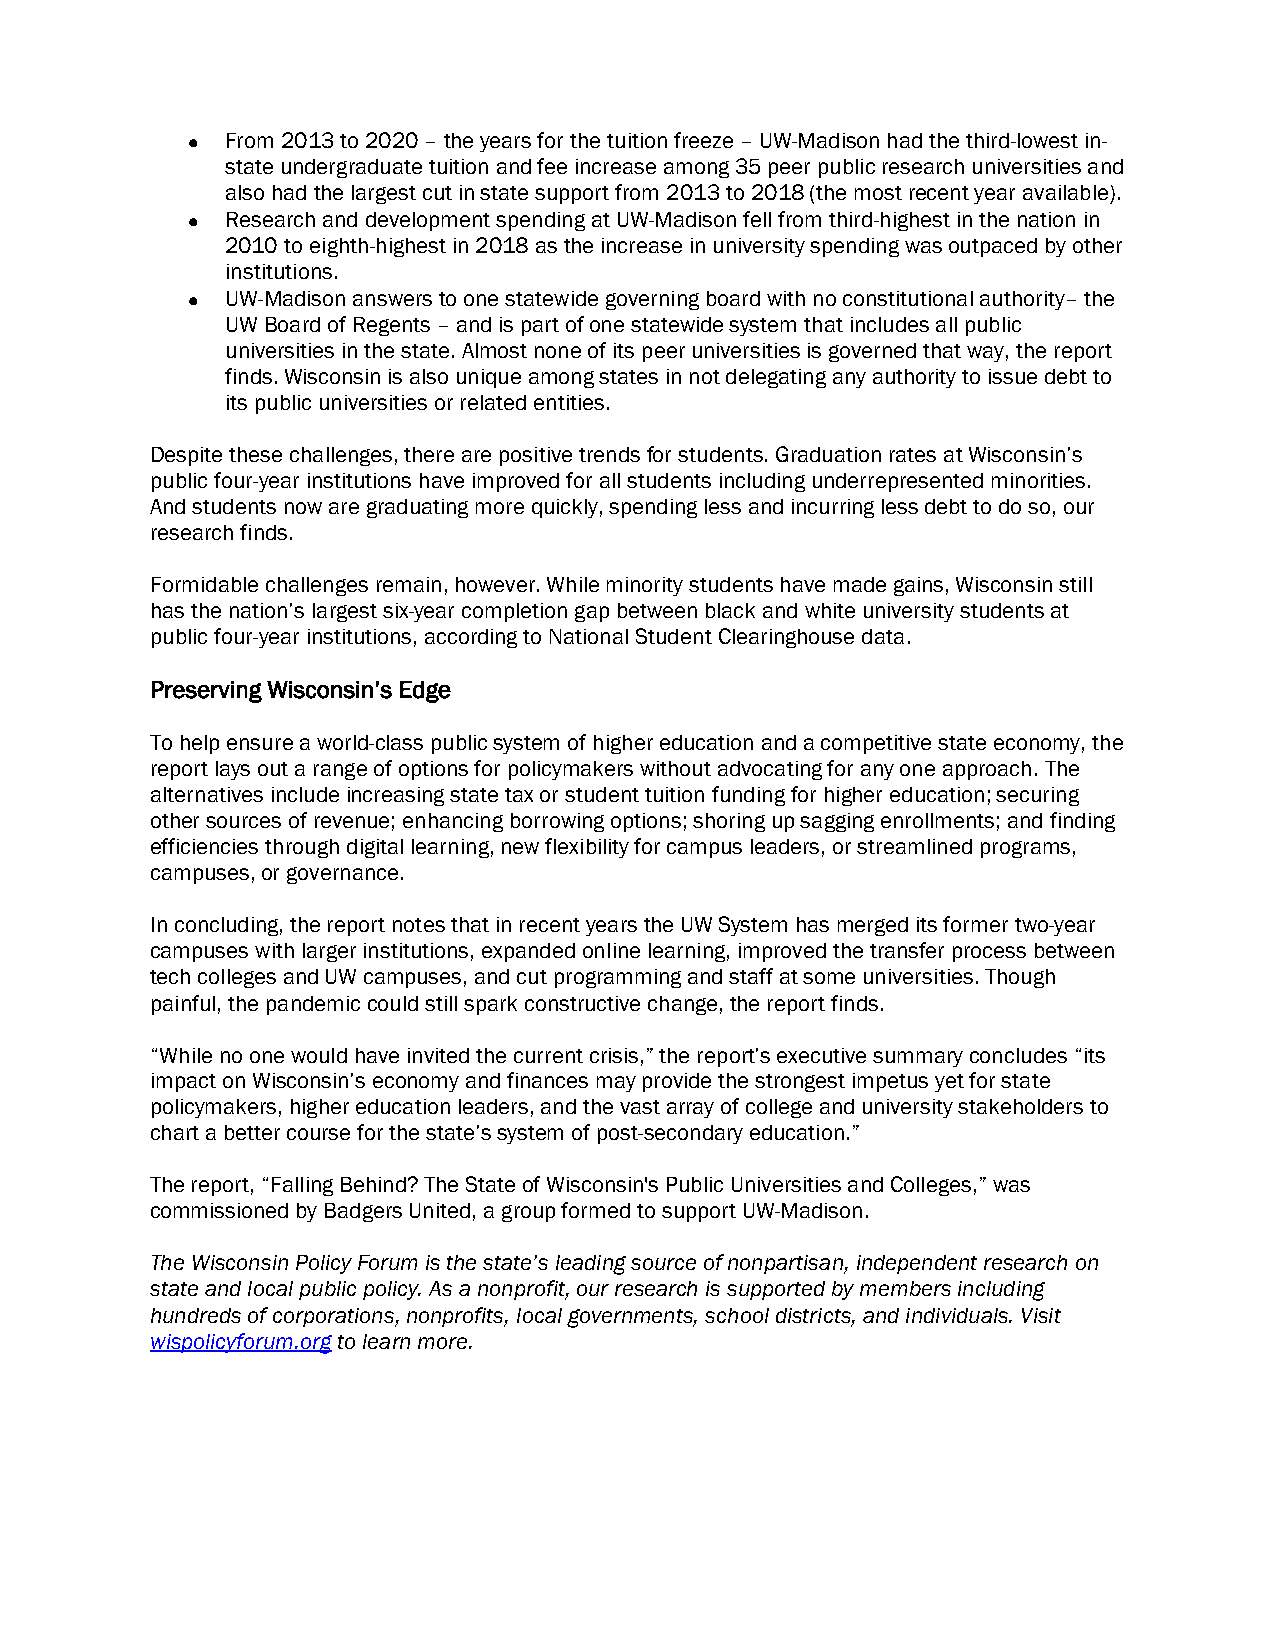
  From 2013 to 2020 – the years for the tuition freeze – UW-Madison had the third-lowest in-
 state undergraduate tuition and fee increase among 35 peer public research universities and
 also had the largest cut in state support from 2013 to 2018 (the most recent year available).
   Research and development spending at UW-Madison fell from third-highest in the nation in
 2010 to eighth-highest in 2018 as the increase in university spending was outpaced by other
 institutions.
   UW-Madison answers to one statewide governing board with no constitutional authority– the
 UW Board of Regents – and is part of one statewide system that includes all public
 universities in the state. Almost none of its peer universities is governed that way, the report
 finds. Wisconsin is also unique among states in not delegating any authority to issue debt to
 its public universities or related entities.
 Despite these challenges, there are positive trends for students. Graduation rates at Wisconsin’s
 public four-year institutions have improved for all students including underrepresented minorities.
 And students now are graduating more quickly, spending less and incurring less debt to do so, our
 research finds.
 Formidable challenges remain, however. While minority students have made gains, Wisconsin still
 has the nation’s largest six-year completion gap between black and white university students at
 public four-year institutions, according to National Student Clearinghouse data.
 Preserving Wisconsin’s Edge
 To help ensure a world-class public system of higher education and a competitive state economy, the
 report lays out a range of options for policymakers without advocating for any one approach. The
 alternatives include increasing state tax or student tuition funding for higher education; securing
 other sources of revenue; enhancing borrowing options; shoring up sagging enrollments; and finding
 efficiencies through digital learning, new flexibility for campus leaders, or streamlined programs,
 campuses, or governance.
 In concluding, the report notes that in recent years the UW System has merged its former two-year
 campuses with larger institutions, expanded online learning, improved the transfer process between
 tech colleges and UW campuses, and cut programming and staff at some universities. Though
 painful, the pandemic could still spark constructive change, the report finds.
 “While no one would have invited the current crisis,” the report’s executive summary concludes “its
 impact on Wisconsin’s economy and finances may provide the strongest impetus yet for state
 policymakers, higher education leaders, and the vast array of college and university stakeholders to
 chart a better course for the state’s system of post-secondary education.”
 The report, “Falling Behind? The State of Wisconsin's Public Universities and Colleges,” was
 commissioned by Badgers United, a group formed to support UW-Madison.
 The Wisconsin Policy Forum is the state’s leading source of nonpartisan, independent research on
 state and local public policy. As a nonprofit, our research is supported by members including
 hundreds of corporations, nonprofits, local governments, school districts, and individuals. Visit
 wispolicyforum.org to learn more.